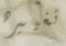
تغييره